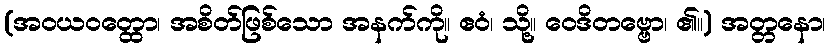
(အဝယဝတ္ထော၊ အစိတ်ဖြစ်သော အနက်ကို။ ဧဝံ၊ သို့။ ဝေဒိတဗ္ဗော၊ ၏။) အတ္တနော၊